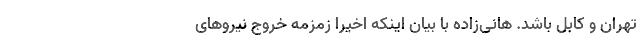
تهران و کابل باشد. هانی‌زاده با بیان اینکه اخیرا زمزمه خروج نیرو‌های